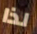
لذا